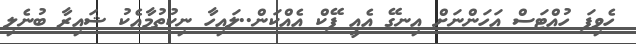
ހެވިފަ ހުއްޓަސް އަހަންނަށް އިނގޭ އެއީ ފޭކް އެއްކަން..ލައިހާ ނިކުތުމާއެކު ޝައިރާ ބުނެލި